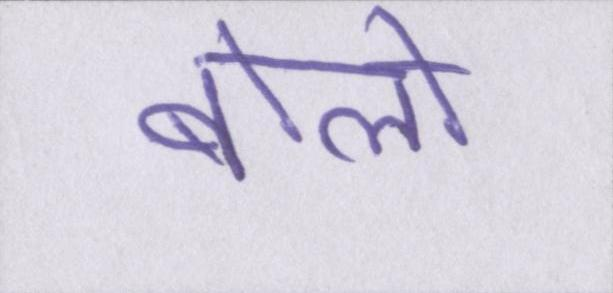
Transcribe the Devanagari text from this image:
बोलो